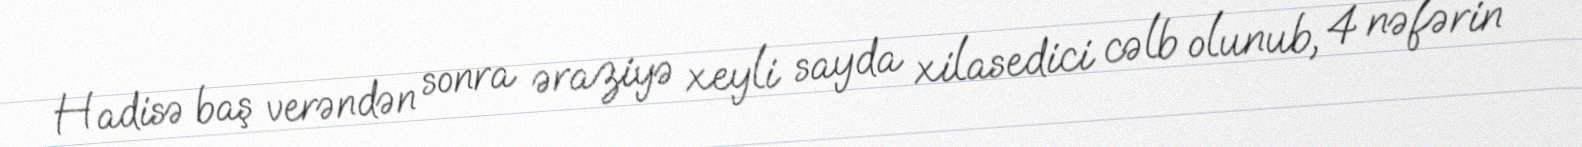
Hadisə baş verəndən sonra əraziyə xeyli sayda xilasedici cəlb olunub, 4 nəfərin